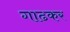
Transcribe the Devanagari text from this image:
गाढकर